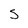
Character: S